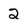
Character: 2